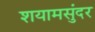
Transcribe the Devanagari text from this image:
शयामसुंदर